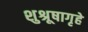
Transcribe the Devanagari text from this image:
शुश्रूषागृहे